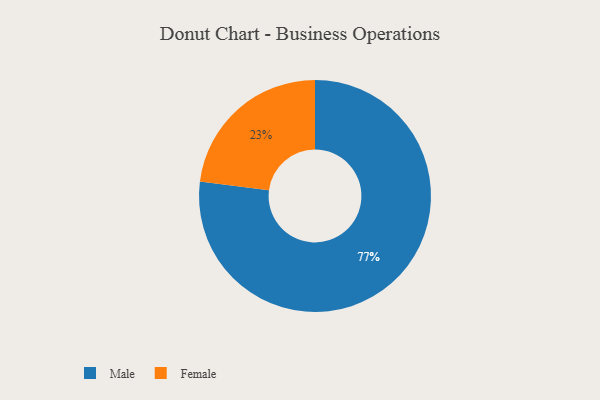
{"axis": {"x": "Category", "y": "Percentage"}, "legend": ["Female", "Male"], "data": [{"x": "Male", "y": 77, "type": "Male"}, {"x": "Female", "y": 23, "type": "Female"}]}